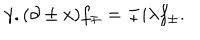
\gamma . ( \partial \pm x ) f _ { \mp } = \mp i \lambda f _ { \pm } .